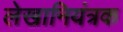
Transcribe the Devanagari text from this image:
लेखानियंत्रक